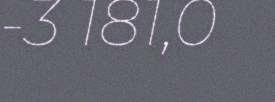
-3 181,0